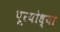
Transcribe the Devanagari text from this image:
पूरयोध्या